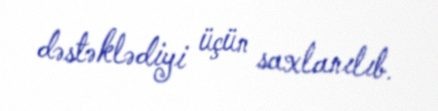
dəstəklədiyi üçün saxlanılıb.